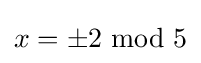
x=\pm 2\ {\text{mod}}\ 5